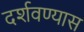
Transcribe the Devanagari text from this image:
दर्शवण्यास